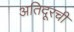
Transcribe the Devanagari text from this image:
अतिदूरची